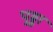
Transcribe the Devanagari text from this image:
पुठ्ठा